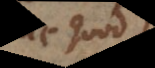
B quod